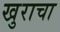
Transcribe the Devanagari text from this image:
खुराचा